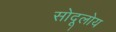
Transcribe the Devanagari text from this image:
सोदूलोय